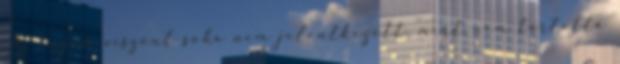
Az enyém viszont soha nem jelentkezett, mert nem tartotta